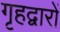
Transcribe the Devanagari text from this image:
गृहद्वारों